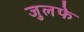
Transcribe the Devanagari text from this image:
जुलफे